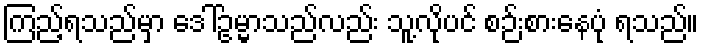
ကြည့်ရသည်မှာ ဒေါ်ဥမ္မာသည်လည်း သူ့လိုပင် စဉ်းစားနေပုံ ရသည်။